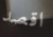
اقصد